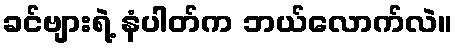
ခင်ဗျားရဲ့ နံပါတ်က ဘယ်လောက်လဲ။